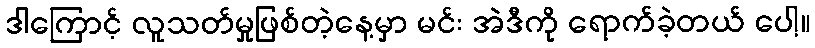
ဒါကြောင့် လူသတ်မှုဖြစ်တဲ့နေ့မှာ မင်း အဲဒီကို ရောက်ခဲ့တယ် ပေါ့။